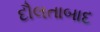
દૌલતાબાદ